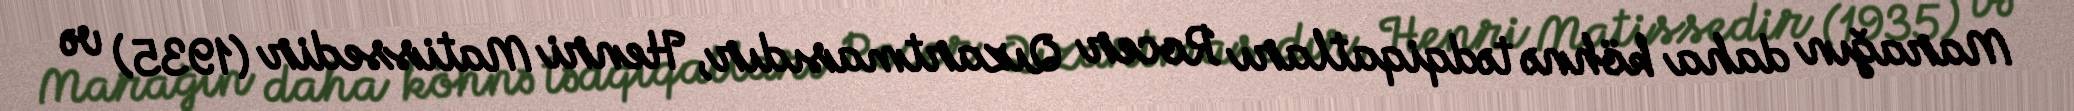
Marağın daha köhnə tədqiqatları Rocer Qızartmasıdır, Henri Matissedir (1935) və